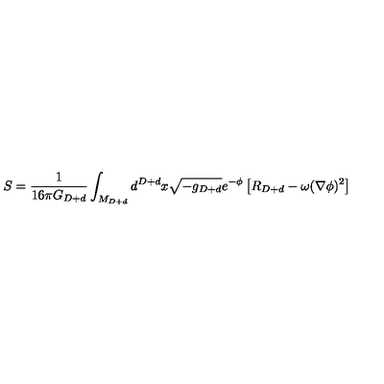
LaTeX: S = { \frac { 1 } { 1 6 \pi G _ { D + d } } } \int _ { M _ { D + d } } d ^ { D + d } x \sqrt { - g _ { D + d } } e ^ { - \phi } \left[ R _ { D + d } - \omega ( \nabla \phi ) ^ { 2 } \right]